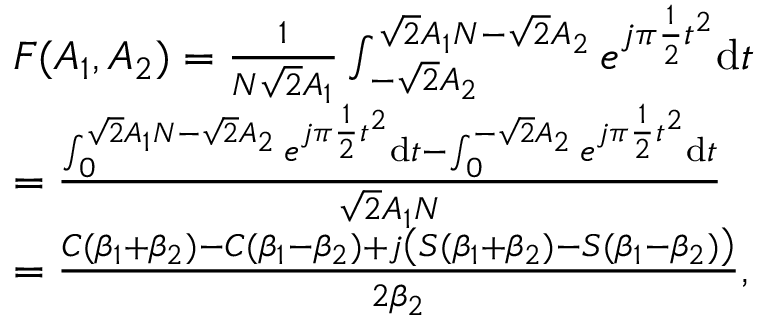
\begin{array} { r l } & { F ( A _ { 1 } , A _ { 2 } ) = \frac { 1 } { N \sqrt { 2 } A _ { 1 } } \int _ { - \sqrt { 2 } A _ { 2 } } ^ { \sqrt { 2 } A _ { 1 } N - \sqrt { 2 } A _ { 2 } } e ^ { j \pi \frac { 1 } { 2 } t ^ { 2 } } \mathrm { d } t } \\ & { = \frac { \int _ { 0 } ^ { \sqrt { 2 } A _ { 1 } N - \sqrt { 2 } A _ { 2 } } e ^ { j \pi \frac { 1 } { 2 } t ^ { 2 } } \mathrm { d } t - \int _ { 0 } ^ { - \sqrt { 2 } A _ { 2 } } e ^ { j \pi \frac { 1 } { 2 } t ^ { 2 } } \mathrm { d } t } { \sqrt { 2 } A _ { 1 } N } } \\ & { = \frac { C ( \beta _ { 1 } + \beta _ { 2 } ) - C ( \beta _ { 1 } - \beta _ { 2 } ) + j \left( S ( \beta _ { 1 } + \beta _ { 2 } ) - S ( \beta _ { 1 } - \beta _ { 2 } ) \right) } { 2 \beta _ { 2 } } , } \end{array}